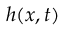
h ( x , t )